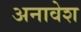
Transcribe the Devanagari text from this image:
अनावेश